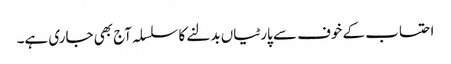
احتساب کے خوف سے پارٹیاں بدلنے کا سلسلہ آج بھی جاری ہے۔